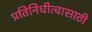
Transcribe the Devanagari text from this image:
प्रतिनिधीत्वासाठी